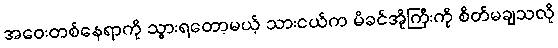
အဝေးတစ်နေရာကို သွားရတော့မယ့် သားငယ်က မိခင်အိုကြီးကို စိတ်မချသလို